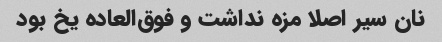
نان سیر اصلا مزه نداشت و فوق‌العاده یخ بود